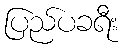
ပြည်ပခရီး